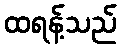
ထရန့်သည်